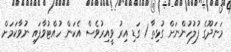
މަނަދޫގެ ފުލުހުންނަށް ގުޅިތާ 1 ގަޑި އިރު ވީއިރުވެސް އެކަން ހުއްޓުވާފައި ނުވާކަމަށް